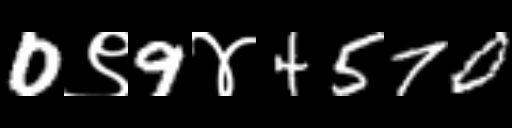
Text: 0९9४4570